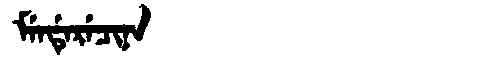
Manchu: ᠮᡝᠨᡩᡝᡵᡝᠴᡳᠨᠠ
Romanization: MENDERECINA